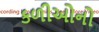
કળીઓનો